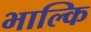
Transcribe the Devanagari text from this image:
भाल्कि